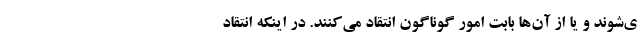
ی‌شوند و یا از آن‌ها بابت امور گوناگون انتقاد می‌کنند. در اینکه انتقاد